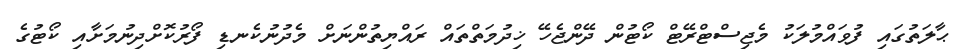
ޙާލަތުގައި ފުވައްމުލަކު މެޖިސްޓްރޭޓް ކޯޓުން ދޭންޖެހޭ ޚިދުމަތްތައް ރައްޔިތުންނަށް މެދުނުކެނޑި ފޯރުކޮށްދިނުމަށާއި ކޯޓުގެ